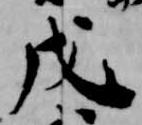
戊